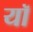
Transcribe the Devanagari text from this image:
यॉ